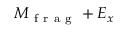
M _ { \mathrm { ~ f ~ r ~ a ~ g ~ } } + E _ { x }